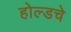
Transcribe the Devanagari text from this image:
होल्डचे